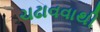
ચઢાવવાથી